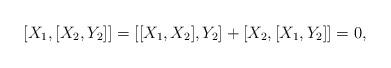
LaTeX: \begin{align*}[X_1, [X_2, Y_2]]=[[X_1, X_2], Y_2]+[X_2, [X_1, Y_2]]=0,\end{align*}